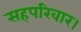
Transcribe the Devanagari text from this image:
सहपरिवार।